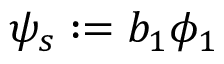
\psi _ { s } : = b _ { 1 } \phi _ { 1 }